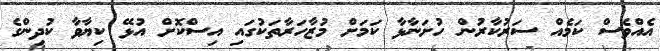
އެއްވެސް ކަމެއް ސަރުކާރުން ހުށަނާޅާ ކަމަށް މުޒާހަރާތަކުގައި އިސްކޮށް އުޅޭ ކިޔާވާ ކުދިންގެ